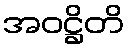
အဝဋ္ဌိတိ